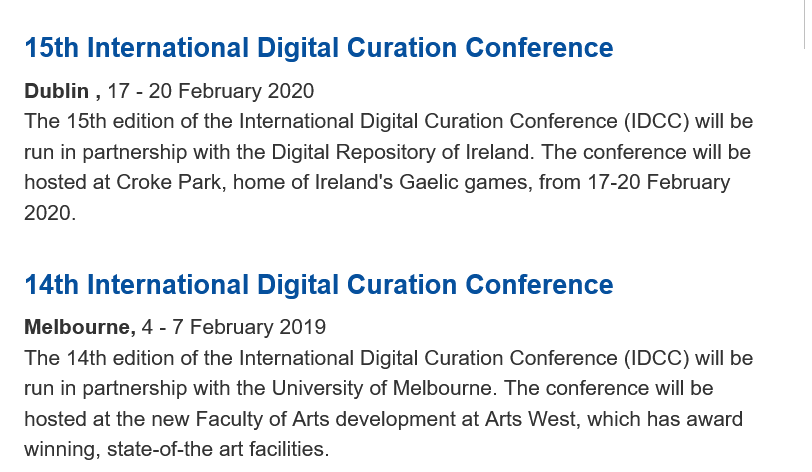
15th  International   Digital Curation    Conference
   14th  International   Digital Curation    Conference
   Dublin
     ,
     17
     -
     20 February 2020
   Melbourne, 4
     -
     7 February 2019
   The 15th edition of the International Digital Curation Conference (IDCC) will be
   run in partnership with the Digital Repository of Ireland. The conference will be
   hosted at Croke Park, home of Ireland's Gaelic games, from 17-20 February
   2020.
   The 14th edition of the International Digital Curation Conference (IDCC) will be
   run in partnership with the University of Melbourne. The conference will be
   hosted at the new Faculty of Arts development at Arts West, which has award
   winning, state-of-the art facilities.